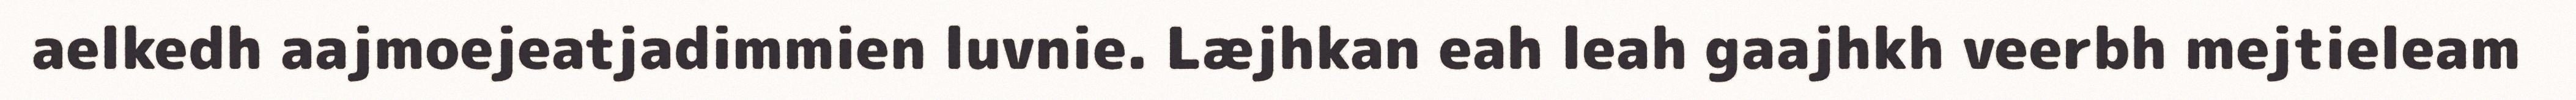
aelkedh aajmoejeatjadimmien luvnie. Læjhkan eah leah gaajhkh veerbh mejtieleam